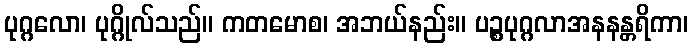
ပုဂ္ဂလော၊ ပုဂ္ဂိုလ်သည်။ ကတမောစ၊ အဘယ်နည်း။ ပဉ္စပုဂ္ဂလာအနနန္တရိကာ၊